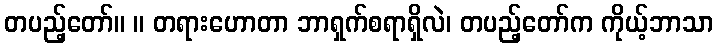
တပည့်တော်။ ။ တရားဟောတာ ဘာရှက်စရာရှိလဲ၊ တပည့်တော်က ကိုယ့်ဘာသာ